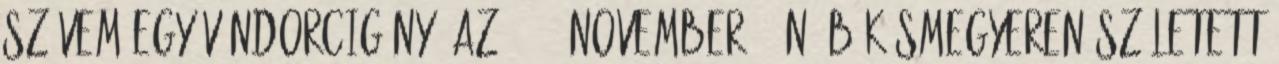
szívem egy vándorcigány. Az 1922. november 5-én, Békásmegyeren született